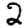
Digit: 2